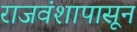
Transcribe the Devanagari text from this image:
राजवंशापासून